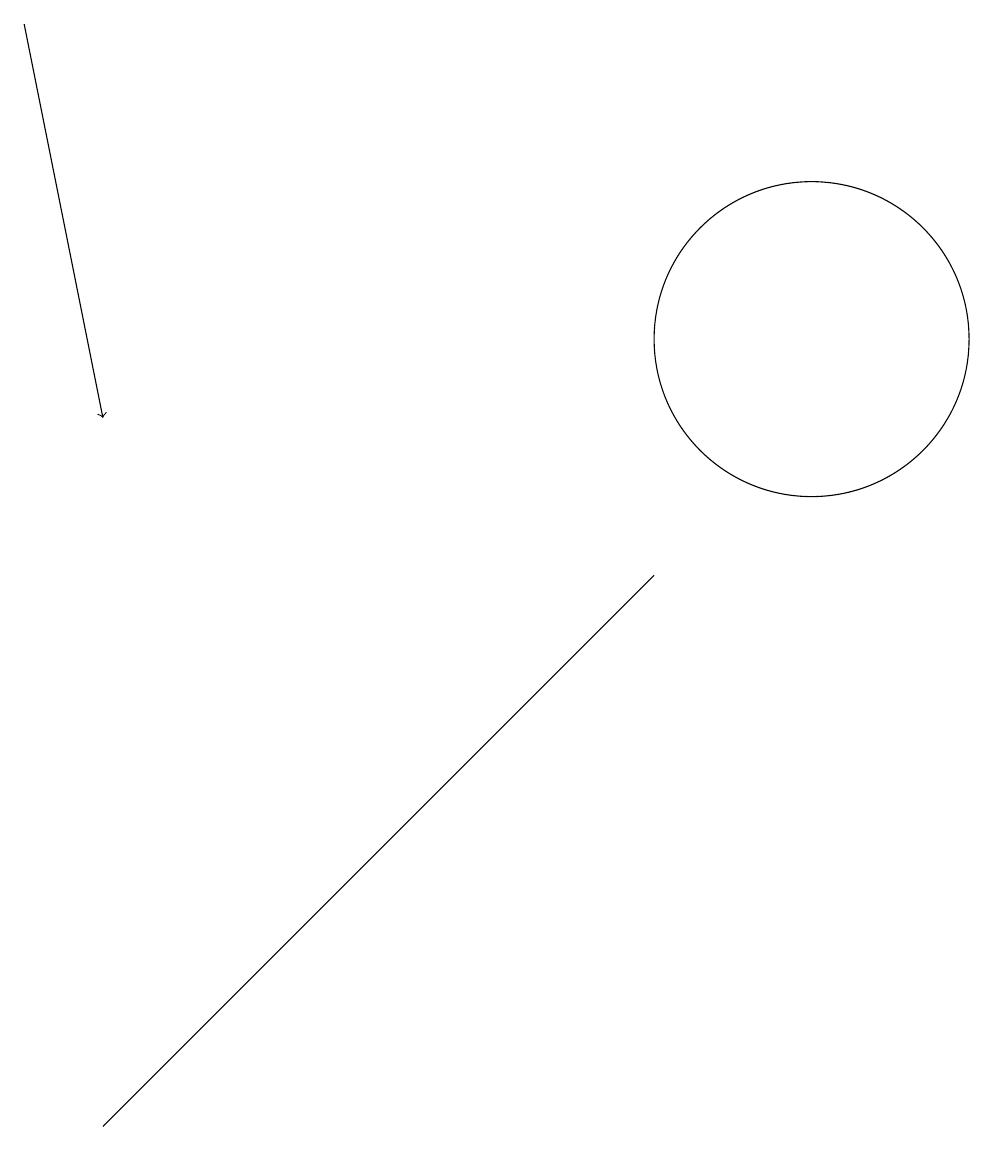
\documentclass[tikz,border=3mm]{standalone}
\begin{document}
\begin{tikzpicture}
\draw (11,11) circle (2);
\draw (5,4) -- (2,1) -- (9,8) -- cycle;
\draw[->] (1,15) -- (2,10);
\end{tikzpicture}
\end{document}